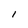
Character: I